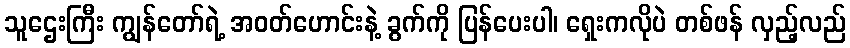
သူဌေးကြီး ကျွန်တော်ရဲ့ အဝတ်ဟောင်းနဲ့ ခွက်ကို ပြန်ပေးပါ၊ ရှေးကလိုပဲ တစ်ဖန် လှည့်လည်